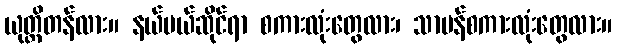
ယုတ္တိတန်လား။ နယ်ပယ်ဆိုင်ရာ စကားလုံးတွေလား၊ သာမန်စကားလုံးတွေလား။